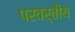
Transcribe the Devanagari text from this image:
परवर्तीय